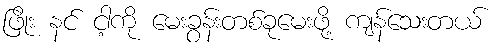
ဖြိုး နင် ငါ့ကို မေးခွန်းတစ်ခုမေးဖို့ ကျန်သေးတယ်